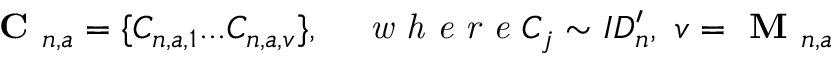
\textbf { C } _ { n , a } = \{ C _ { n , a , 1 } . . . C _ { n , a , v } \} , \quad \textit { w h e r e } C _ { j } \sim I D _ { n } ^ { \prime } , \ v = \textbf { M } _ { n , a }